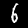
Digit: 6